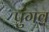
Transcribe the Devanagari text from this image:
पुंगव